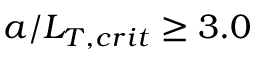
a / L _ { T , c r i t } \geq 3 . 0